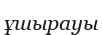
ұшырауы